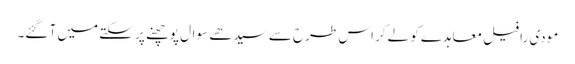
مودی رافیل معاہدے کو لےکر اس طرح سے سیدھے سوال پوچھنے پر سکتے میں آ گئے۔